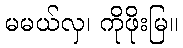
မမယ်လှ၊ ကိုဖိုးမြ။